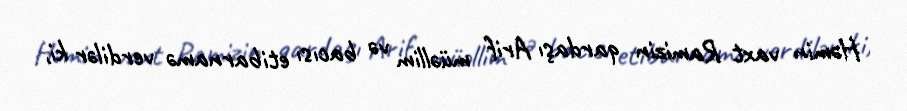
Həmin vaxt Ramizin qardaşı Arif müəllim və bacısı etibarnamə verdilər ki,